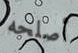
أصلحه